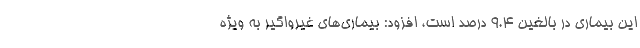
این بیماری در بالغین ۹.۴ درصد است، افزود: بیماری‌های غیرواگیر به ویژه